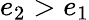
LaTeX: e_{2}>e_{1}